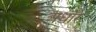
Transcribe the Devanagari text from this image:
अधोरे